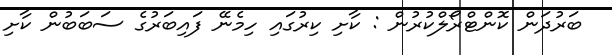
ބަރުދަން ކޮންޓްރޯލްކުރުން : ކާށި ކިރުގައި ހިމެނޭ ފައިބަރުގެ ސަބަބުން ކާށި